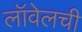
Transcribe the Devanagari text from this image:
लॉवेलची